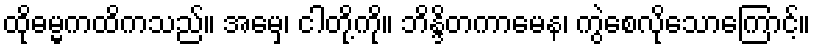
ထိုဓမ္မကထိကသည်။ အမှေ၊ ငါတို့ကို။ ဘိန္ဒိတကာမေန၊ ကွဲစေလိုသောကြောင့်။